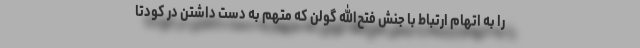
را به اتهام ارتباط با جنش فتح‌الله گولن که متهم به دست داشتن در کودتا